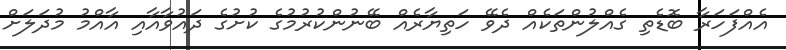
އެއްފަހަރާ ބޮޑެތި ގެއްލުންތަކެއް ދެވޭ ހަތިޔާރެއް ބޭނުންކުރުމުގެ ކުށުގެ ދައުވާއާއި އާއްމު މުދަލަށް